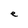
Character: e